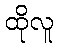
ထိုလူ